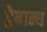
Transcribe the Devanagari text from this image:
द्वेषान्ध